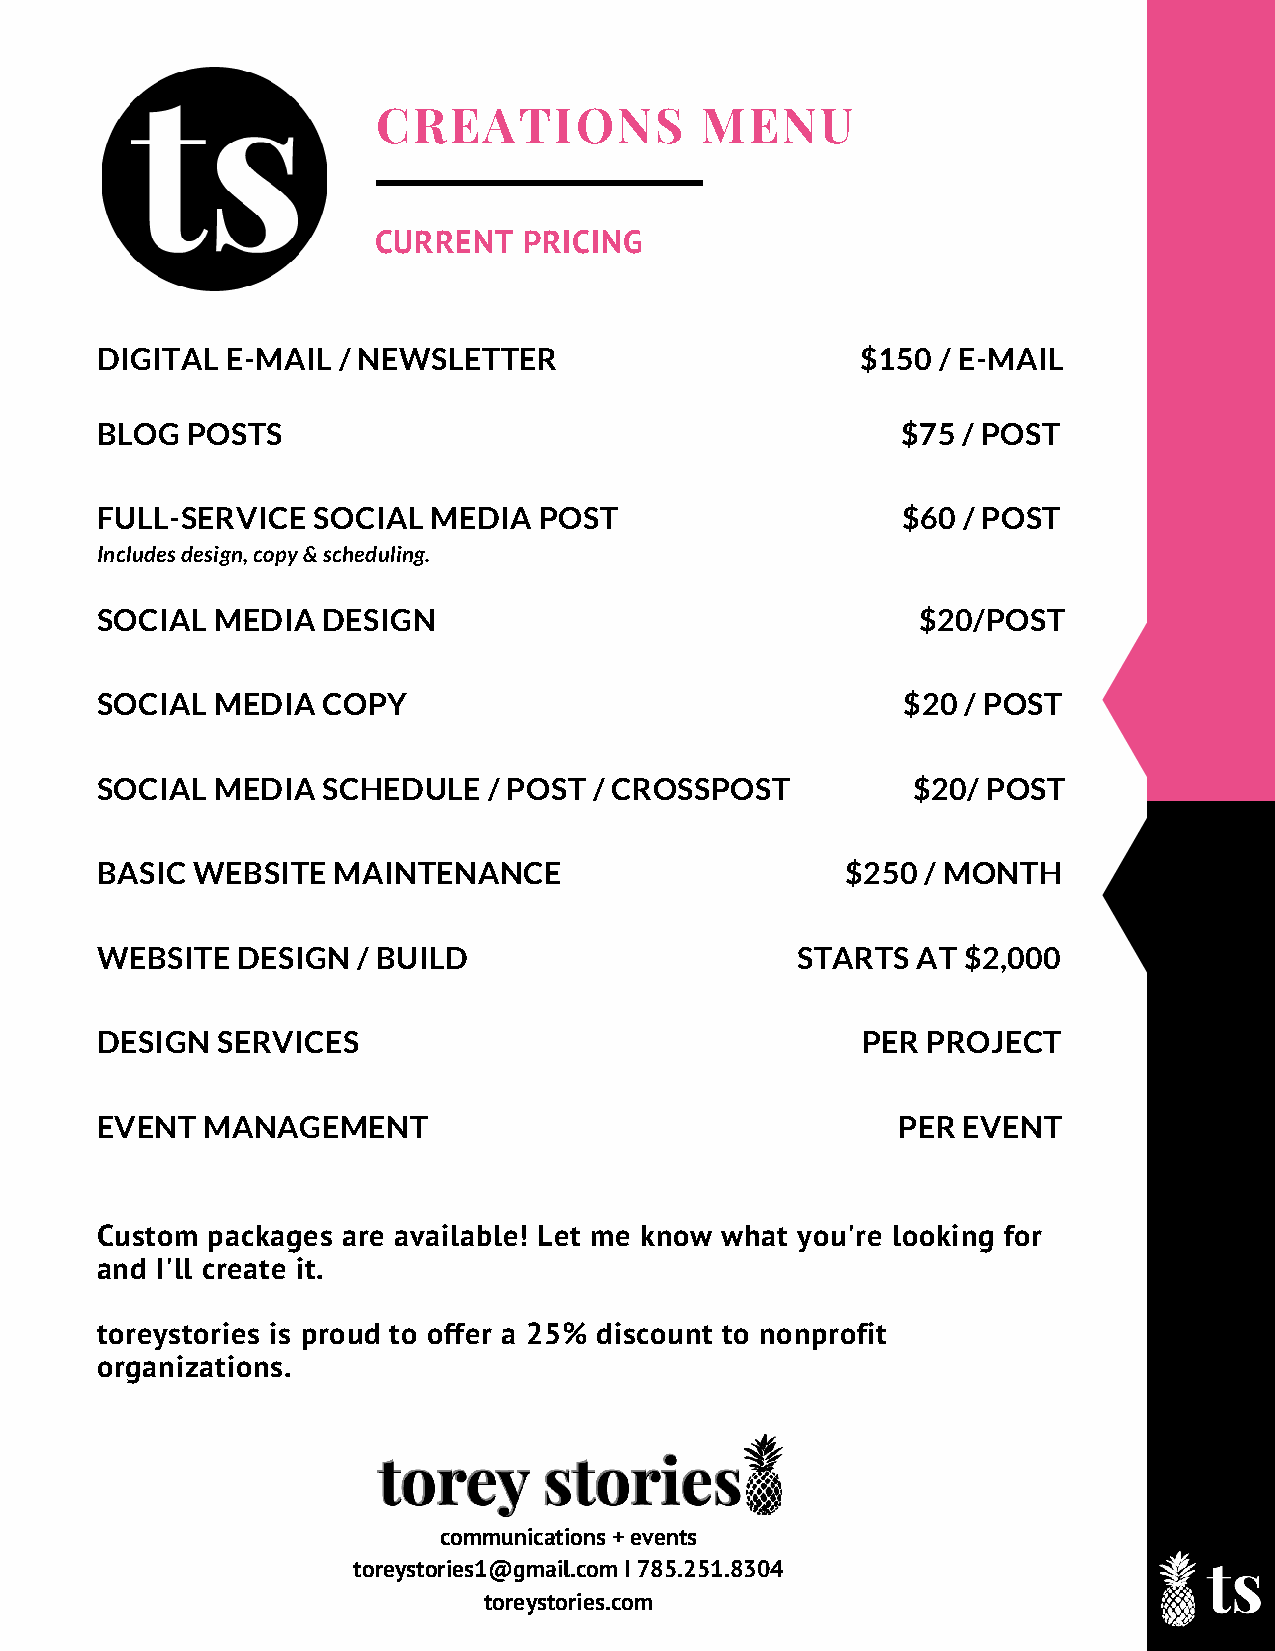
CREATIONS            MENU
 CURRENT   PRICING
 DIGITAL  E-MAIL / NEWSLETTER                       $150 / E-MAIL
 BLOG  POSTS                                           $75 / POST
 FULL-SERVICE   SOCIAL MEDIA   POST                    $60 / POST
 Includes design, copy & scheduling.
 SOCIAL  MEDIA  DESIGN                                  $20/POST
 SOCIAL  MEDIA  COPY                                   $20 / POST
 SOCIAL  MEDIA  SCHEDULE   / POST / CROSSPOST          $20/ POST
 BASIC  WEBSITE  MAINTENANCE                       $250 / MONTH
 WEBSITE   DESIGN  / BUILD                      STARTS  AT $2,000
 DESIGN  SERVICES                                   PER PROJECT
 EVENT  MANAGEMENT                                    PER  EVENT
 Custom  packages are available! Let me know what you're looking for
 and I'll create it.
 toreystories is proud to offer a 25% discount to nonprofit
 organizations.
 communications + events
 toreystories1@gmail.com I 785.251.8304
 toreystories.com